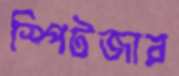
স্পিটজার